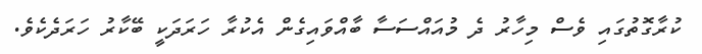
ކުރާގޮތުގައި ވެސް މިހާރު ދެ މުއައްސަސާ ބާއްވައިގެން އެކުރާ ހަރަދަކީ ބޭކާރު ހަރަދެކެވެ.